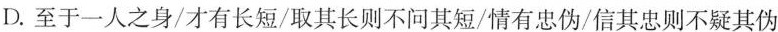
D.至于一人之身/才有长短/取其长则不问其短/情有忠伪/信其忠则不疑其伪